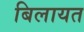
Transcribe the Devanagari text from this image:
बिलायत